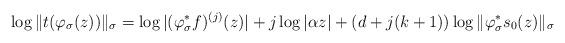
LaTeX: \begin{align*} \log \|t(\varphi_{\sigma}(z))\|_{\sigma} = \log |(\varphi_{\sigma}^*f)^{(j)}(z)| + j\log |\alpha z| + (d+j(k+1))\log \|\varphi_{\sigma}^*s_0(z)\|_{\sigma} \end{align*}